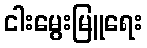
ငါးမွေးမြူရေး